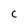
Character: c